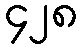
၄၂၈